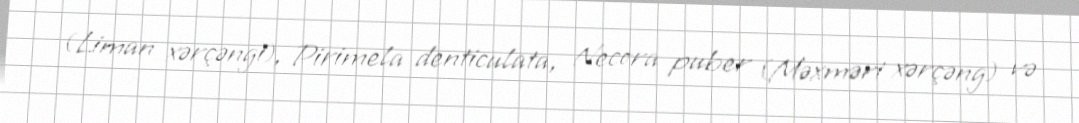
(Liman xərçəngi), Pirimela denticulata, Necora puber (Məxməri xərçəng) və